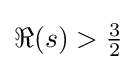
{\textstyle \Re (s)>{\frac {3}{2}}}